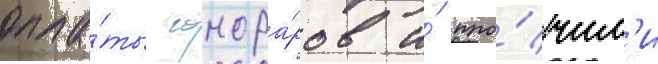
опла́ты гонора́ров и́ про́чим'и